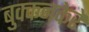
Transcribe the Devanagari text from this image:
बुक्कनकेरे